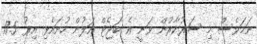
ނަމަވެސް މި ސަރުކާރުން ވަނީ އެ ބަޖެޓް އަލުން ހުށައެޅި އިރު 17.5